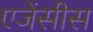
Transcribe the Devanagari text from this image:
एजेंसीस